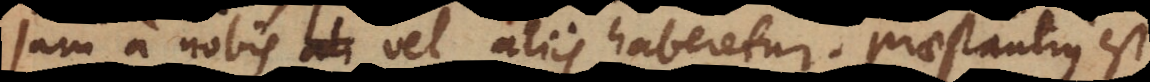
jam a nobis vel aliis haberetur. Praestantius est